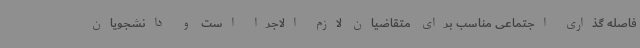
فاصله گذاری اجتماعی مناسب برای متقاضیان لازم الاجرا است و دانشجویان